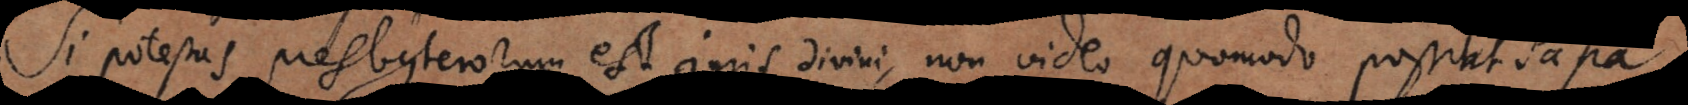
Si potestas presbyterorum est juris divini, non video quomodo possint Pap